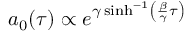
a _ { 0 } ( \tau ) \propto e ^ { \gamma \sinh ^ { - 1 } \left( { \frac { \beta } { \gamma } } \tau \right) }